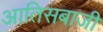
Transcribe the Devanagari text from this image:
आतिसबाजी